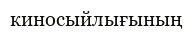
киносыйлығының